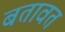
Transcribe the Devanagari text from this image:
बतावत